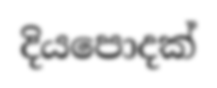
දියපොදක්